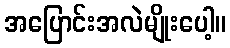
အပြောင်းအလဲမျိုးပေါ့။